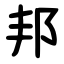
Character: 邦